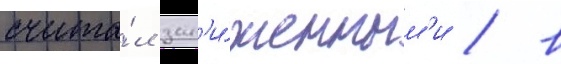
счита́л зан'и́женным'и / в